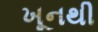
ખૂનથી